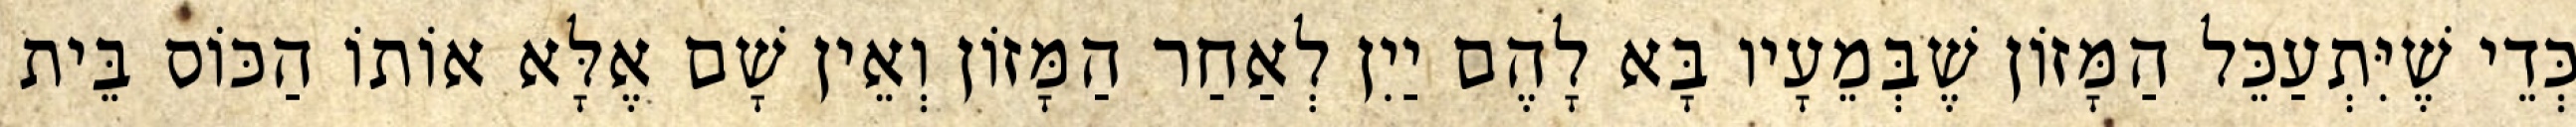
כְּדֵי שֶׁיִּתְעַכֵּל הַמָּזוֹן שֶׁבְּמֵעָיו בָּא לָהֶם יַיִן לְאַחַר הַמָּזוֹן וְאֵין שָׁם אֶלָּא אוֹתוֹ הַכּוֹס בֵּית